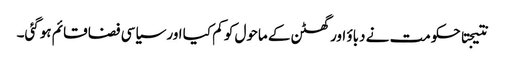
نتیجتا حکومت نے دباؤ اور گھٹن کے ماحول کو کم کیا اور سیاسی فضا قائم ہوگئی۔